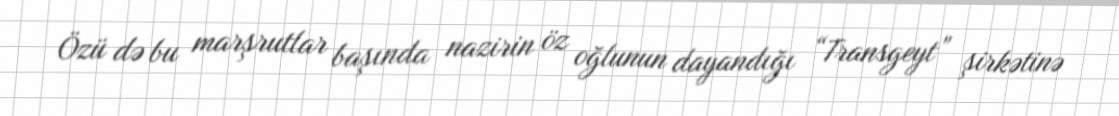
Özü də bu marşrutlar başında nazirin öz oğlunun dayandığı “Transgeyt” şirkətinə